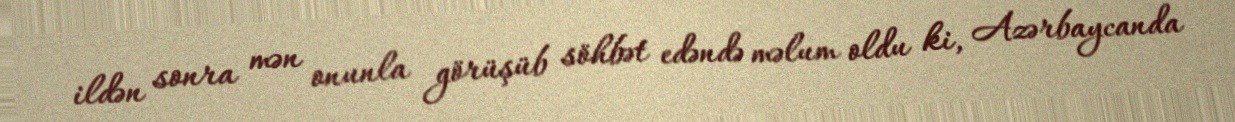
ildən sonra mən onunla görüşüb söhbət edəndə məlum oldu ki, Azərbaycanda